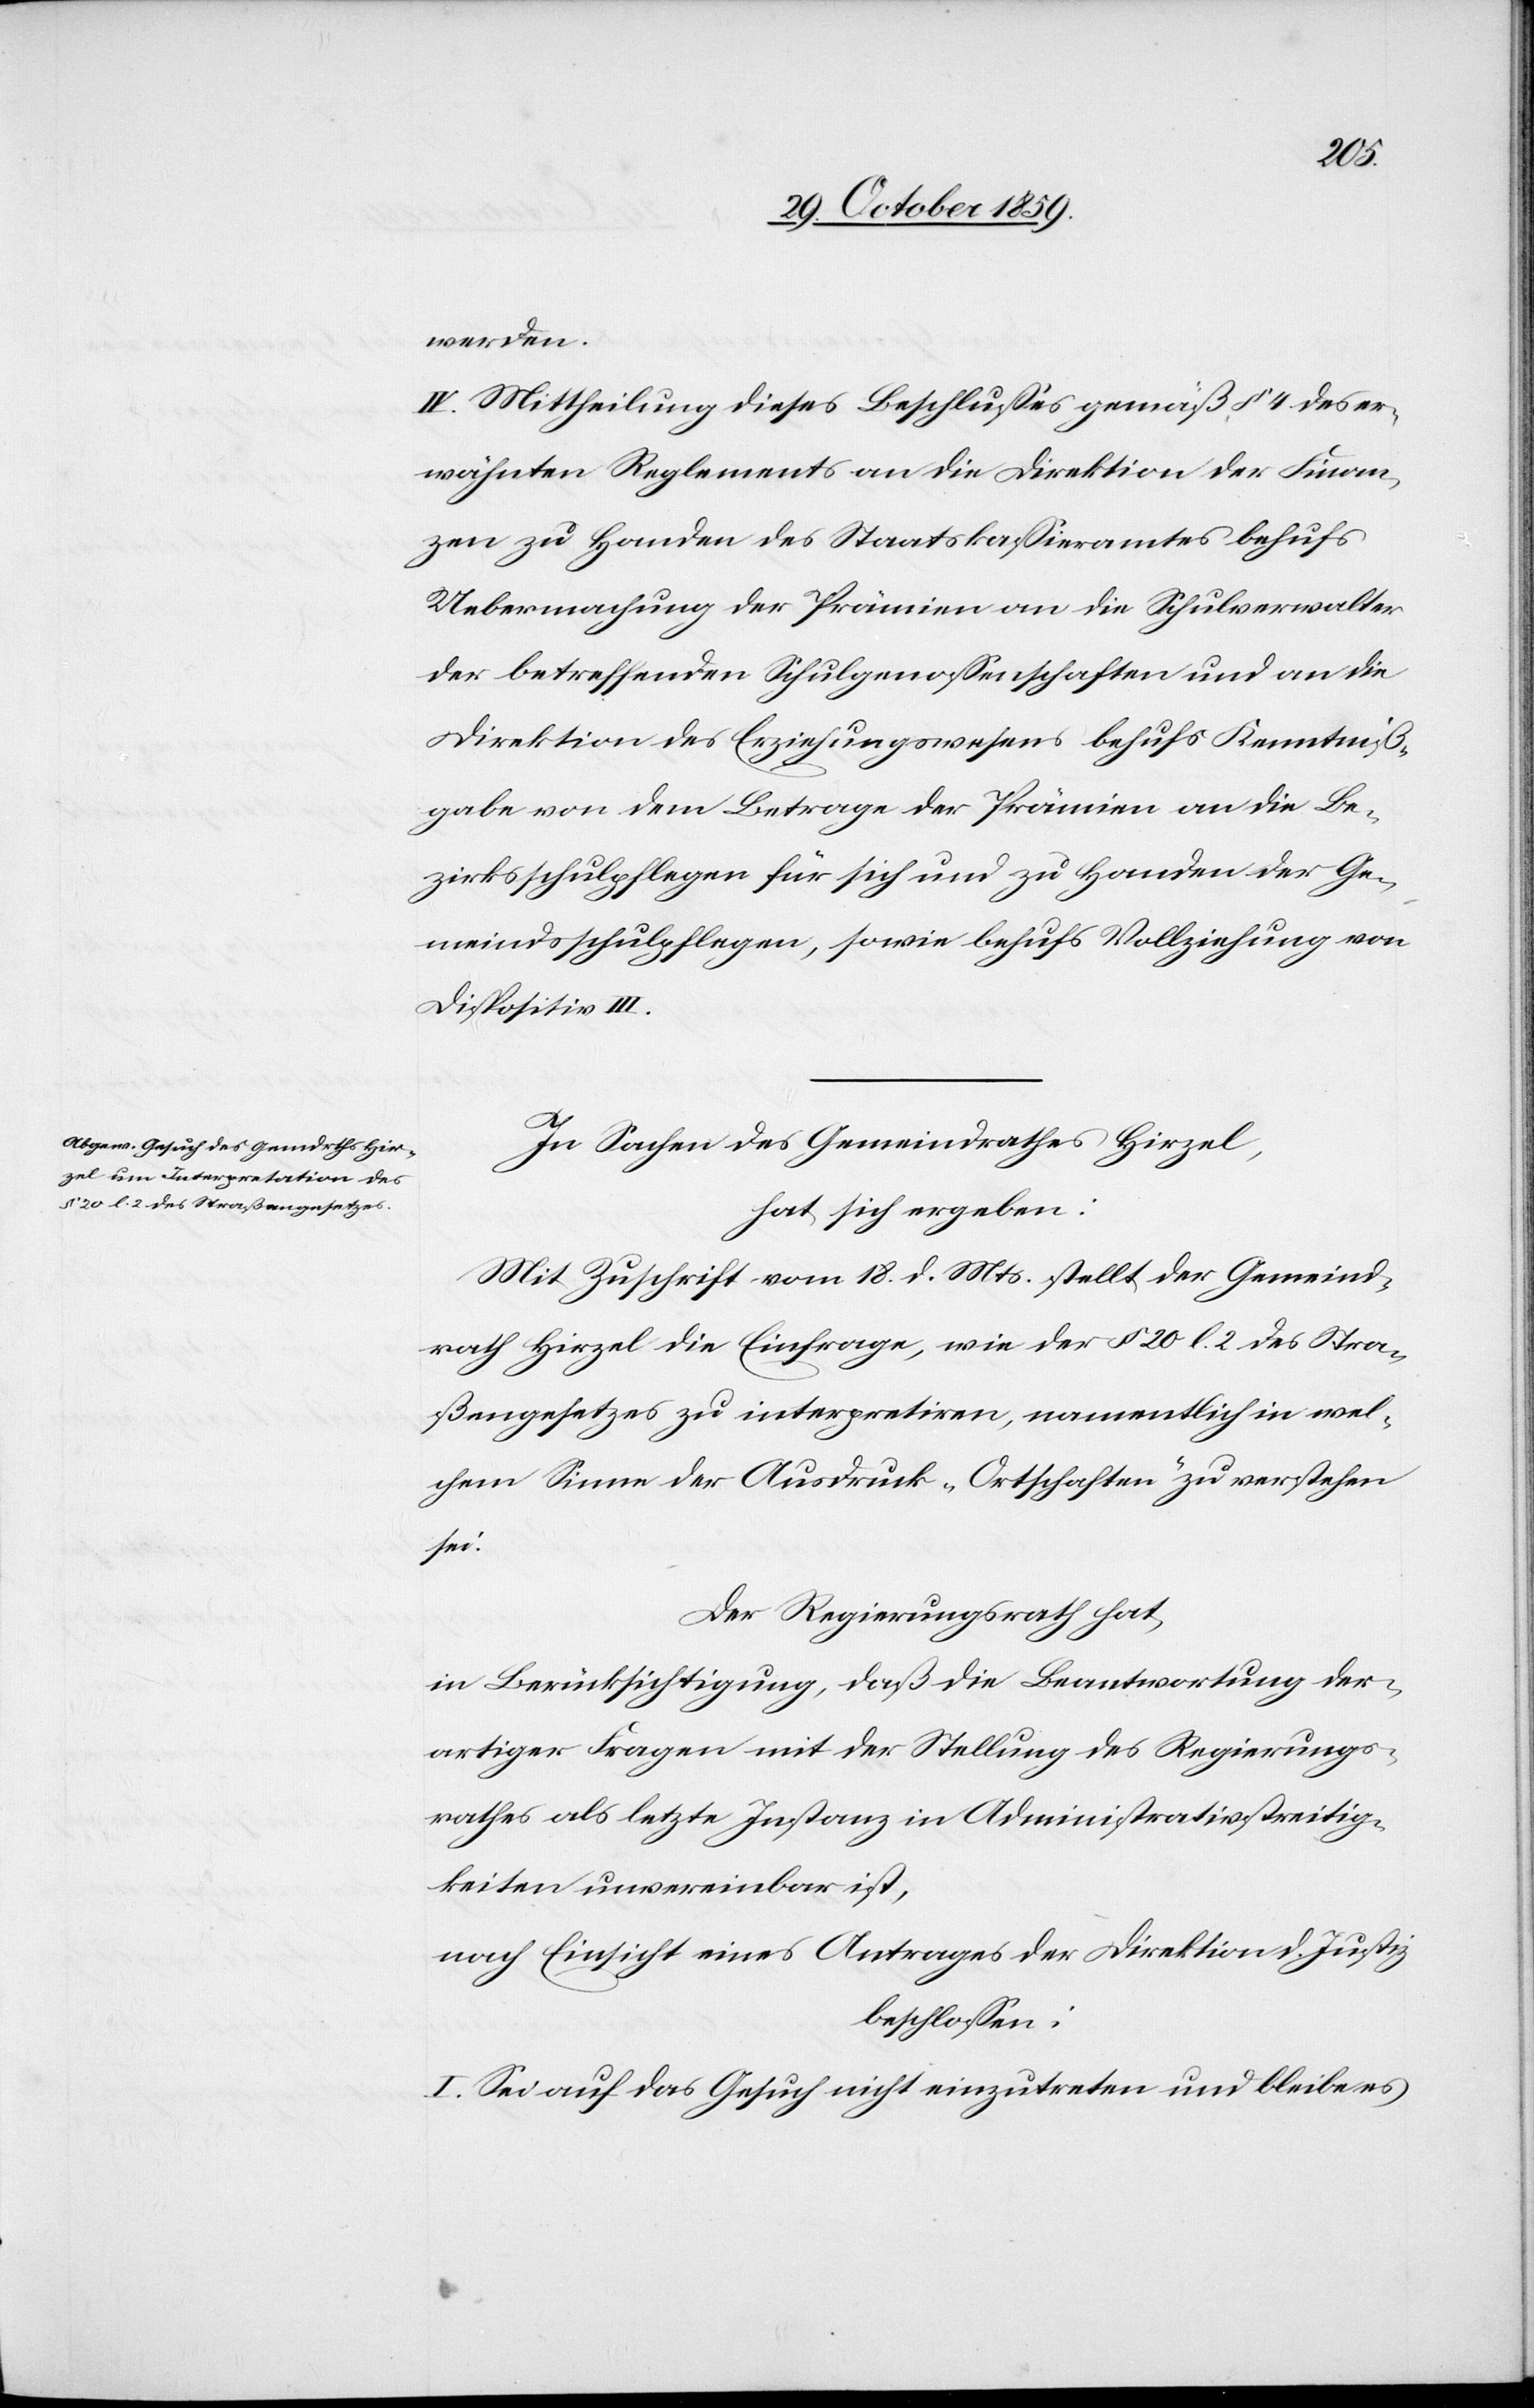
werden.
IV. Mittheilung dieses Beschlusses gemäß § 4 des er¬
wähnten Reglements an die Direktion der Finan¬
zen zu Handen des Staatskassieramtes behufs
Uebermachung der Prämien an die Schulverwalter
der betreffenden Schulgenossenschaften und an die
Direktion des Erziehungswesens behufs Kenntniß¬
gabe von dem Betrage der Prämien an die Be¬
zirksschulpflegen für sich und zu Handen der Ge¬
meindsschulpflegen, sowie behufs Vollziehung von
Dispositiv III.
In Sachen des Gemeindrath Hirzel,
hat sich ergeben:
Mit Zuschrift vom 18. d. Mts. stellt der Gemeind¬
rath Hirzel die Einfrage, wie der § 20 l. 2 des Stra¬
ßengesetzes zu interpretiren, namentlich in wel¬
chem Sinne der Ausdruck „Ortschaften“ zu verstehen
sei:
Der Regierungsrath hat,
in Berücksichtigung, daß die Beantwortung der¬
artiger Fragen mit der Stellung des Regierungs¬
rathes als letzte Instanz in Administrationsstreitig¬
keiten unvereinbar ist,
nach Einsicht eines Antrages der Direktion d. Justiz
beschlossen:
I. Sei auf das Gesuch nicht einzutreten und bleibe es